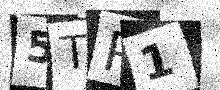
Text: 5TP1